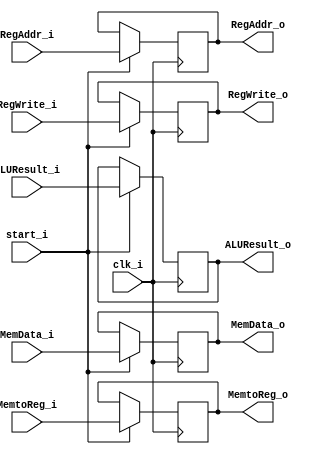
module MEM_WB (
    clk_i, start_i,

    MemtoReg_i, RegWrite_i, ALUResult_i, MemData_i, RegAddr_i,
    MemtoReg_o, RegWrite_o, ALUResult_o, MemData_o, RegAddr_o
);

input clk_i, start_i;

input           MemtoReg_i, RegWrite_i;
input  [31:0]   ALUResult_i, MemData_i;
input  [4:0]    RegAddr_i;
output          MemtoReg_o, RegWrite_o;
output [31:0]   ALUResult_o, MemData_o;
output  [4:0]   RegAddr_o;

reg             MemtoReg  , RegWrite  ;
reg    [31:0]   ALUResult  , MemData  ;
reg     [4:0]   RegAddr  ;

assign MemtoReg_o = MemtoReg;
assign RegWrite_o = RegWrite;
assign ALUResult_o = ALUResult;
assign MemData_o = MemData;
assign RegAddr_o = RegAddr;

always @(posedge clk_i) begin
    if (start_i) begin
        MemtoReg <= MemtoReg_i;
        RegWrite <= RegWrite_i;
        ALUResult <= ALUResult_i;
        MemData <= MemData_i;
        RegAddr <= RegAddr_i;
    end
end

endmodule